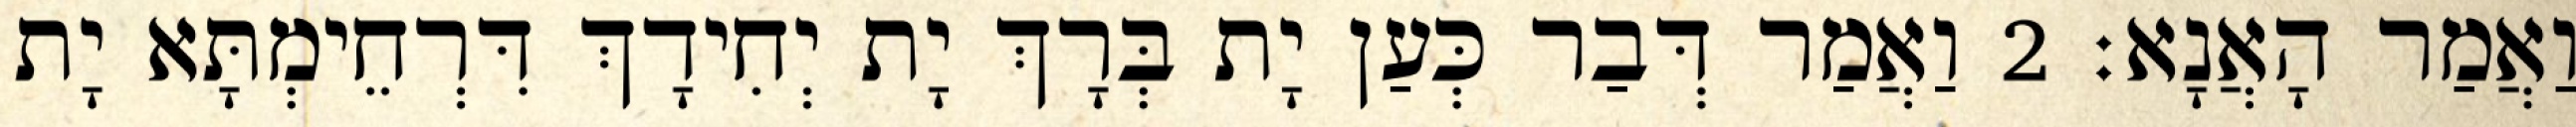
וַאֲמַר הָאֲנָא׃ 2 וַאֲמַר דְּבַר כְּעַן יָת בְּרָךְ יָת יְחִידָךְ דִּרְחֵימְתָּא יָת